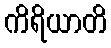
ကိရိယာတိ